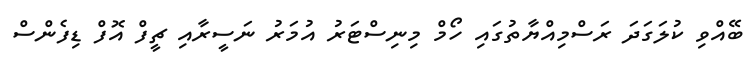
ބޭއްވި ކުލަގަދަ ރަސްމިއްޔާތުގައި ހޯމް މިނިސްޓަރު އުމަރު ނަސީރާއި ޗީފް އޮފް ޑިފެންސް